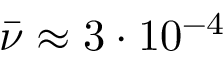
\Bar { \nu } \approx 3 \cdot 1 0 ^ { - 4 }